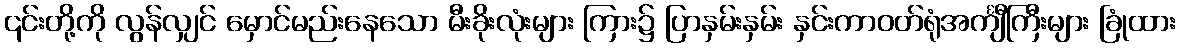
၎င်းတို့ကို လွန်လျှင် မှောင်မည်းနေသော မီးခိုးလုံးများ ကြား၌ ပြာနှမ်းနှမ်း နှင်းကာဝတ်ရုံအင်္ကျီကြီးများ ခြုံထား